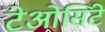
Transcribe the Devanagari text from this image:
टेओसिंटे